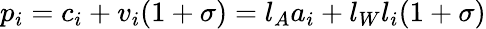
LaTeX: p_{i}=c_{i}+v_{i}(1+\sigma)=l_{A}a_{i}+l_{W}l_{i}(1+\sigma)